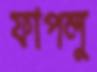
ফাপলু